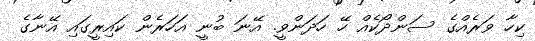
ކިހާ ވަރެއްގެ ސަންދޯކެއް ހޭ ހަދަންވީ. އޭނަ ބުނީ އަހަރެން ކައިރީގައި އޭނާގެ